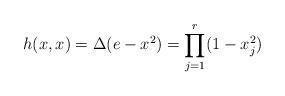
LaTeX: \begin{align*}h(x,x) = \Delta(e-x^2) = \prod_{j=1}^{r} (1 - x_j^2)\end{align*}